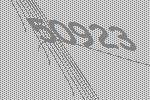
50923